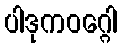
ပါဒုကဝဂ္ဂေါ